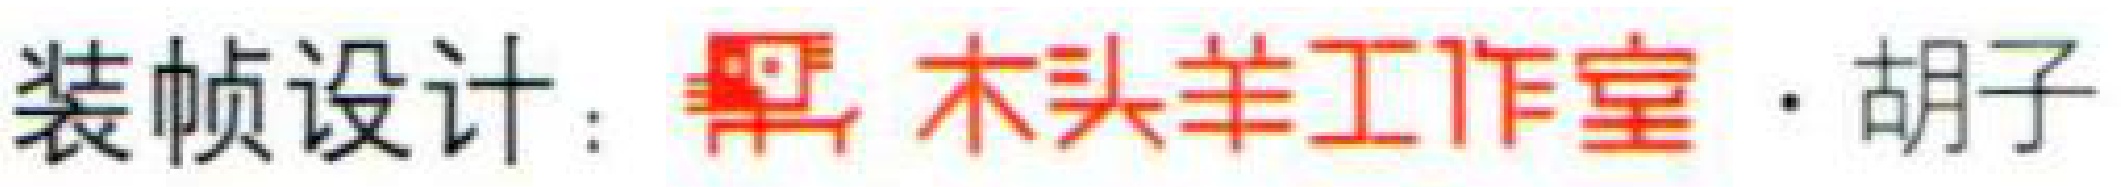
装帧设计：黑木头羊工作室·胡子